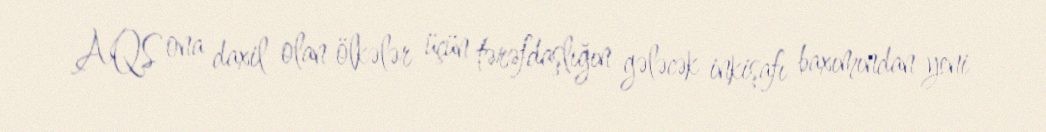
AQS ona daxil olan ölkələr üçün tərəfdaşlığın gələcək inkişafı baxımından yeni